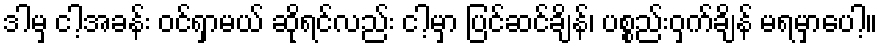
ဒါမှ ငါ့အခန်း ဝင်ရှာမယ် ဆိုရင်လည်း ငါ့မှာ ပြင်ဆင်ချိန်၊ ပစ္စည်းဝှက်ချိန် မရမှာပေါ့။